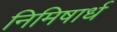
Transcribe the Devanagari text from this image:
निमिषार्ध